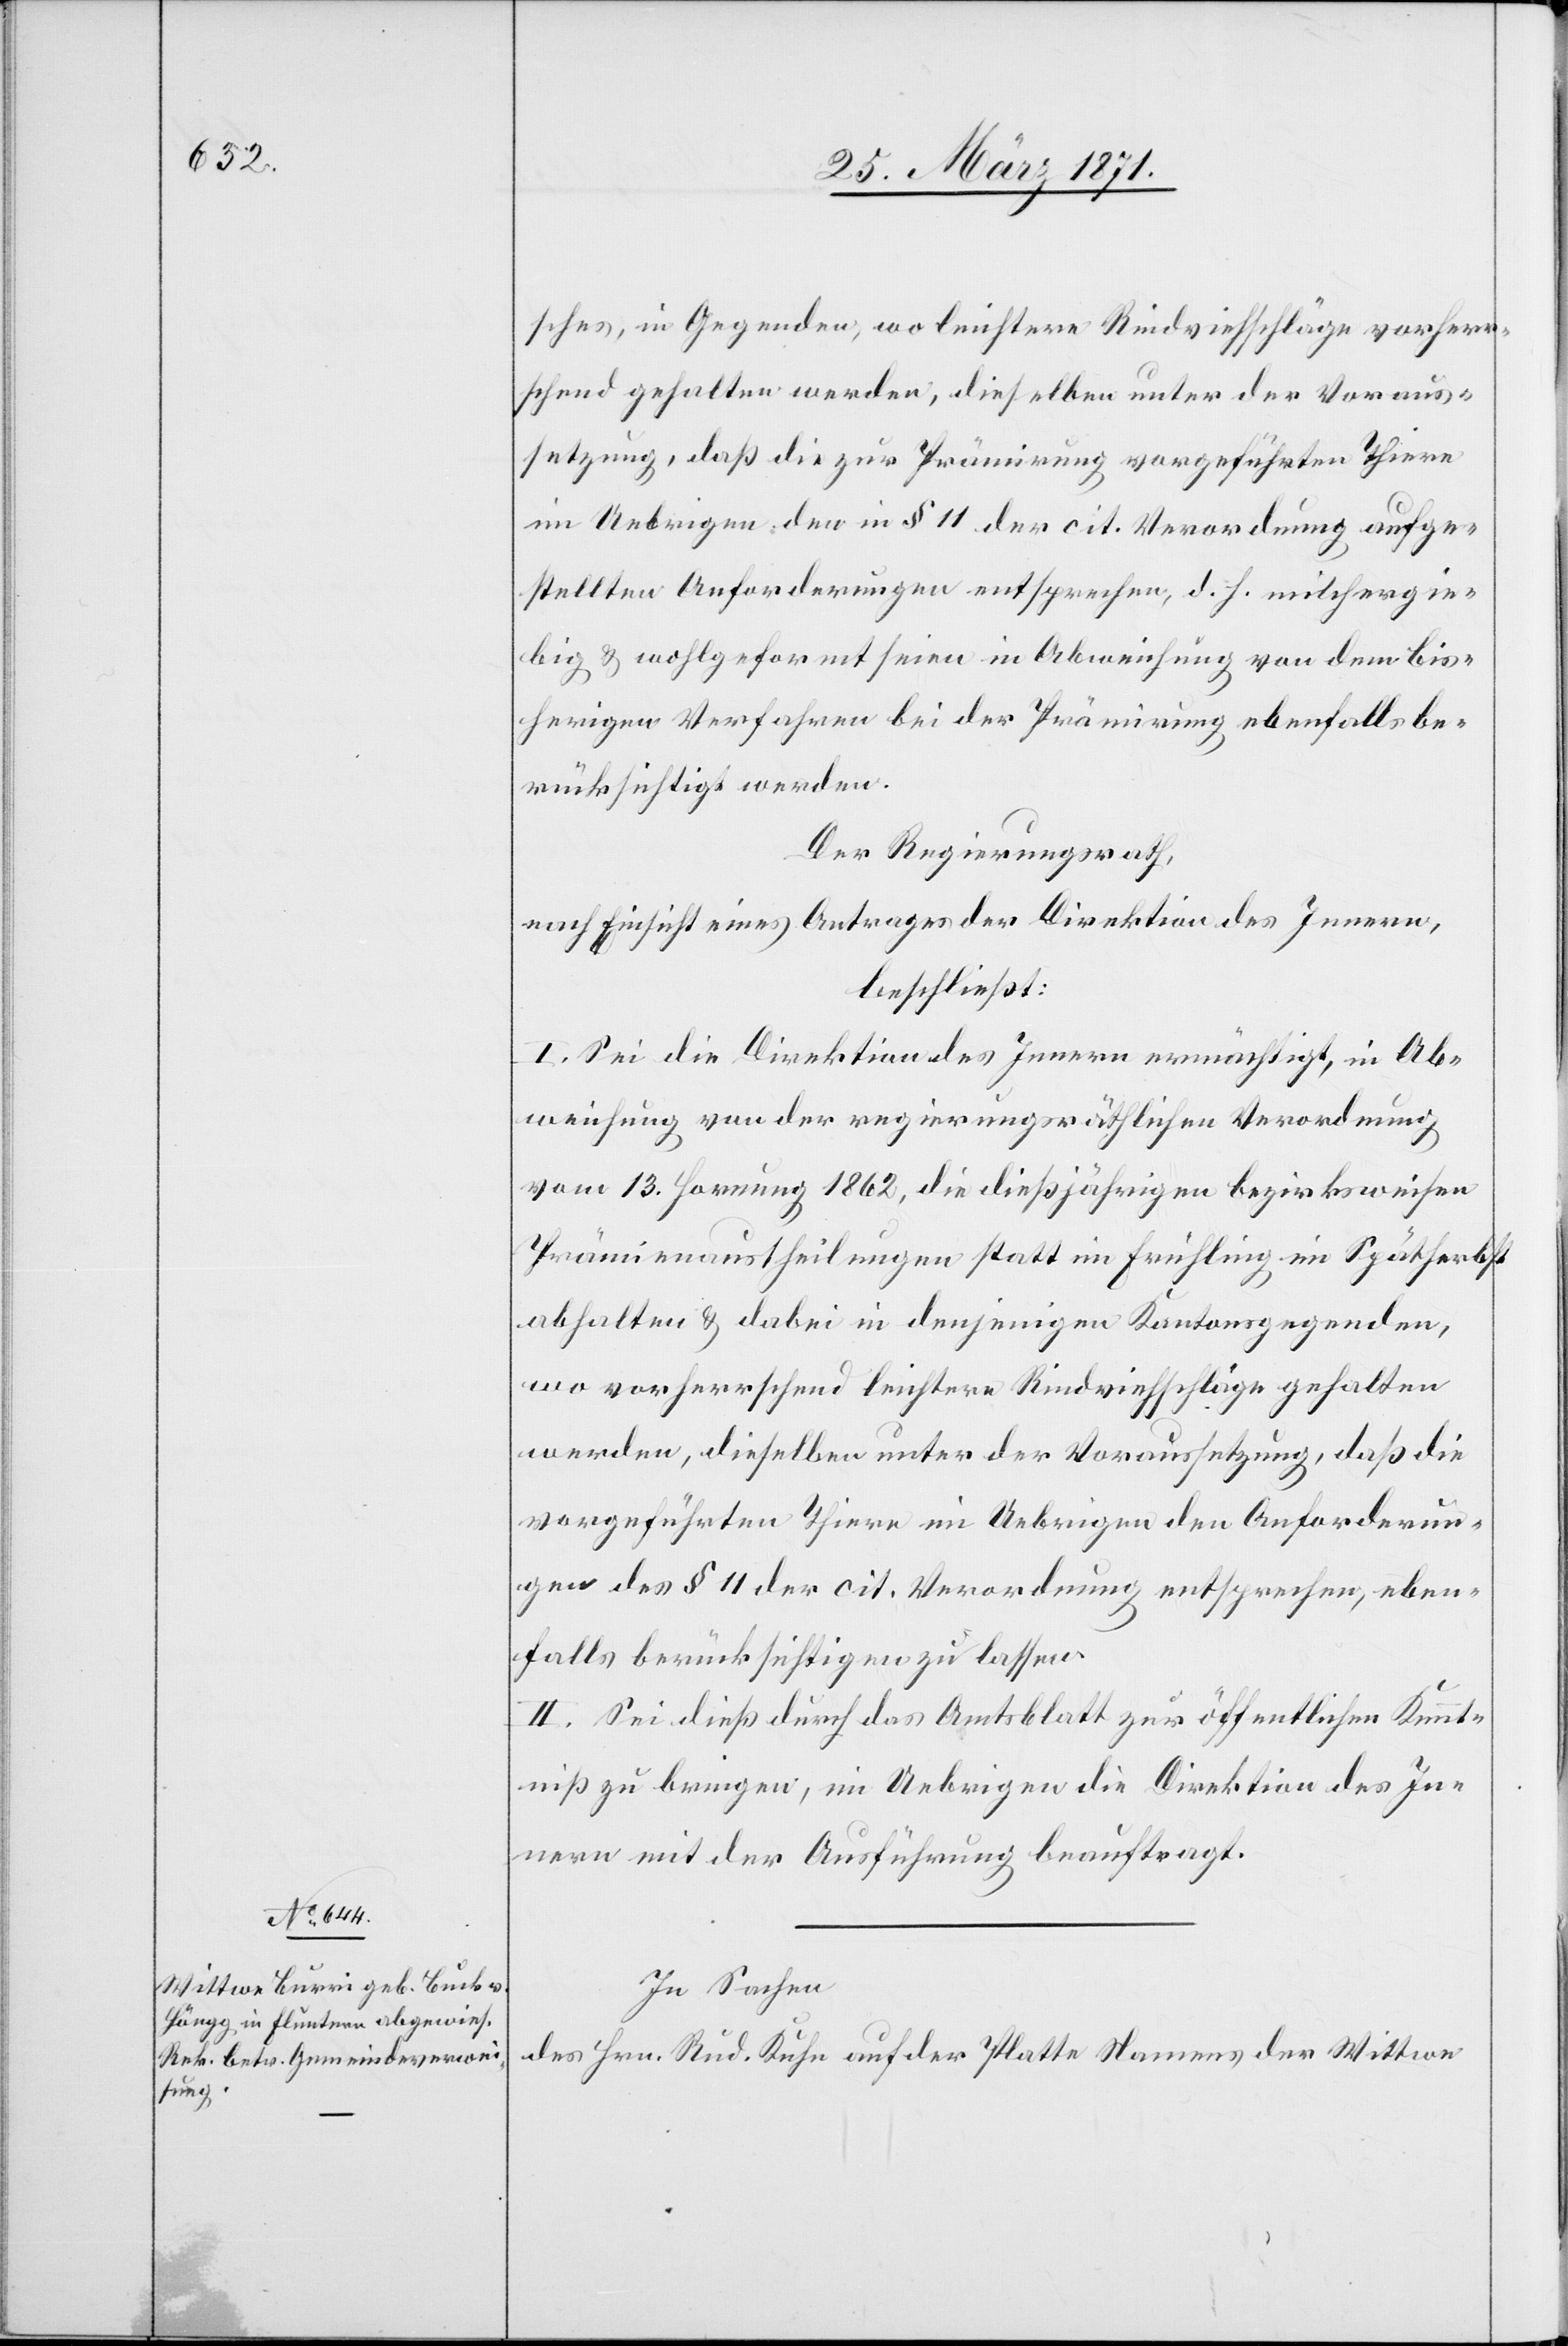
sches, in Gegenden, wo leichtere Rindviehschläge vorherr¬
schend gehalten werden, dieselben unter der Voraus¬
setzung, daß die zur Prämirung vorgeführten Thiere
im Uebrigen den in § 11 der cit. Verordnung aufge¬
stellten Anforderungen entsprechen, d. h. milchergie¬
big u. wohlgeformt seien in Abweichung von dem bis¬
herigen Verfahren bei der Prämirung ebenfalls be¬
rücksichtigt werden.
Der Regierungsrath,
nach Einsicht eines Antrages der Direktion des Innern,
beschließt:
I. Sei die Direktion des Innern ermächtigt, in Ab¬
weisung von der regierungsräthlichen Verordnung
vom 13. Hornung 1862, die dießjährigen bezirksweisen
Prämienaustheilungen statt im Frühling im Spätherbst
abhalten u. dabei in denjenigen Kantonsgegenden,
wo vorherrschend leichtere Rindviehschläge gehalten
werden, dieselben unter der Voraussetzung, daß die
vorgeführten Tiere im Uebrigen den Anforderun¬
gen des § 11 der cit. Verordnung entsprechen, eben¬
falls berücksichtigen zu lassen.
II. Sei dieß durch das Amtsblatt zur öffentlichen Kennt¬
niß zu bringen, im Uebrigen die Direktion des In¬
nern mit Ausführung beauftragt.
In Sachen
des Hrn. Rud. Kuhn auf der Platte Namens der Wittwe